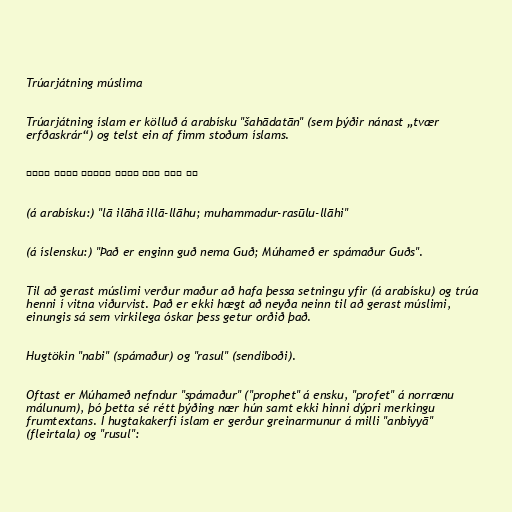
Trúarjátning múslima

Trúarjátning íslam er kölluð á arabísku "šahādatān" (sem þýðir nánast „tvær
erfðaskrár“) og telst ein af fimm stoðum íslams.

لا إله إلا الله ومحمد رسول الله

(á arabísku:) "lā ilāhā illā-llāhu; muhammadur-rasūlu-llāhi"

(á íslensku:) "Það er enginn guð nema Guð; Múhameð er spámaður Guðs".

Til að gerast múslimi verður maður að hafa þessa setningu yfir (á arabísku) og trúa
henni í vitna viðurvist. Það er ekki hægt að neyða neinn til að gerast múslimi,
einungis sá sem virkilega óskar þess getur orðið það.

Hugtökin "nabi" (spámaður) og "rasul" (sendiboði).

Oftast er Múhameð nefndur "spámaður" ("prophet" á ensku, "profet" á norrænu
málunum), þó þetta sé rétt þýðing nær hún samt ekki hinni dýpri merkingu
frumtextans. Í hugtakakerfi íslam er gerður greinarmunur á milli "anbiyyā"
(fleirtala) og "rusul":